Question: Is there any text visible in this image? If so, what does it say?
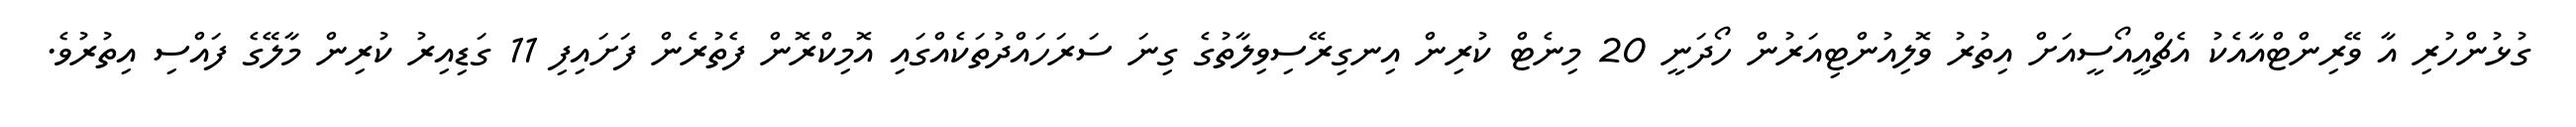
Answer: ގުޅުންހުރި އާ ވޭރިންޓްއާއެކު އެޗްއީއޯސީއަށް އިތުރު ވޮލިއުންޓިއަރުން ހޯދަނީ 20 މިނެޓް ކުރިން އިނގިރޭސިވިލާތުގެ ގިނަ ސަރަހައްދުތަކެއްގައި އޮމިކްރޮން ފެތުރެން ފަށައިފި 11 ގަޑިއިރު ކުރިން މާލޭގެ ފައްސި އިތުރުވެ.